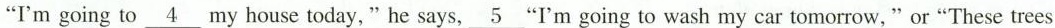
"I'm going to\underline{4}my house today,"he says,\underline{5}"I'm going to wash my car tomorrow, " or"These trees